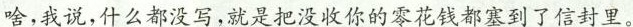
啥，我说，什么都没写，就是把没收你的零花钱都塞到了信封里。